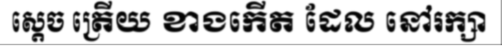
ស្តេច ត្រើយ ខាងកើត ដែល នៅរក្សា